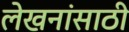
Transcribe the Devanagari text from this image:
लेखनांसाठी